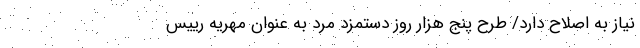
نیاز به اصلاح دارد/ طرح پنج هزار روز دستمزد مرد به عنوان مهریه رییس